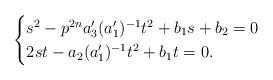
LaTeX: \begin{align*}\begin{cases}s^2-p^{2n}a'_3(a'_1)^{-1}t^2+b_1s+b_2=0\\2st-a_2(a'_1)^{-1}t^2+b_1t=0.\end{cases}\end{align*}